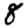
Digit: 8